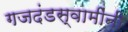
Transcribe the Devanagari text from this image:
गजदंडस्वामींनी